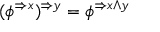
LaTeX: ( \phi ^ { \Rightarrow x } ) ^ { \Rightarrow y } = \phi ^ { \Rightarrow x \wedge y }